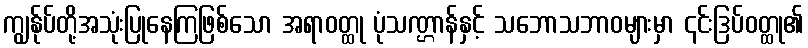
ကျွန်ုပ်တို့အသုံးပြုနေကြဖြစ်သော အရာဝတ္ထု ပုံသဏ္ဌာန်နှင့် သဘောသဘာဝများမှာ ၎င်းဒြပ်ဝတ္ထု၏